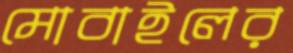
মোবাইলের